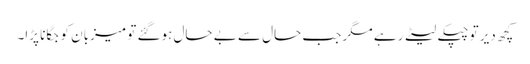
کچھ دیر تو چپکے لیٹے رہے مگر جب حال سے بے حال ہوگئے تو میزبان کو جگانا پڑا۔